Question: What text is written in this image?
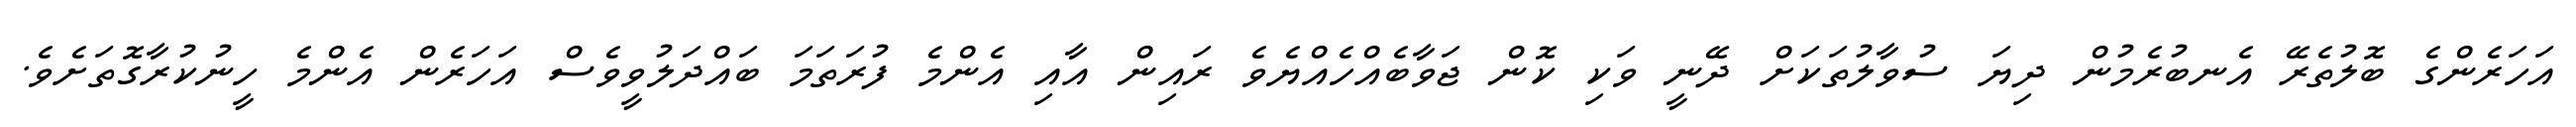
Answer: އަހަރެންގެ ބޮލުތެރޭ އެނބުރެމުން ދިޔަ ސުވާލުތަކަށް ދޭނީ ވަކި ކޮން ޖަވާބެއްހެއްޔެވެ ރައިން އާއި އެންމެ ފުރަތަމަ ބައްދަލުވީވެސް އަހަރެން އެންމެ ހީނުކުރާގޮތަށެވެ.